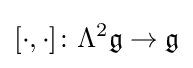
[\cdot ,\cdot ]\colon \Lambda ^{2}{\mathfrak {g}}\rightarrow {\mathfrak {g}}